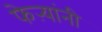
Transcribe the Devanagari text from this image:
फेऱ्यांनी